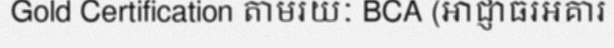
Gold Certification តាមរយៈ BCA (អាជ្ញាធរអគារ